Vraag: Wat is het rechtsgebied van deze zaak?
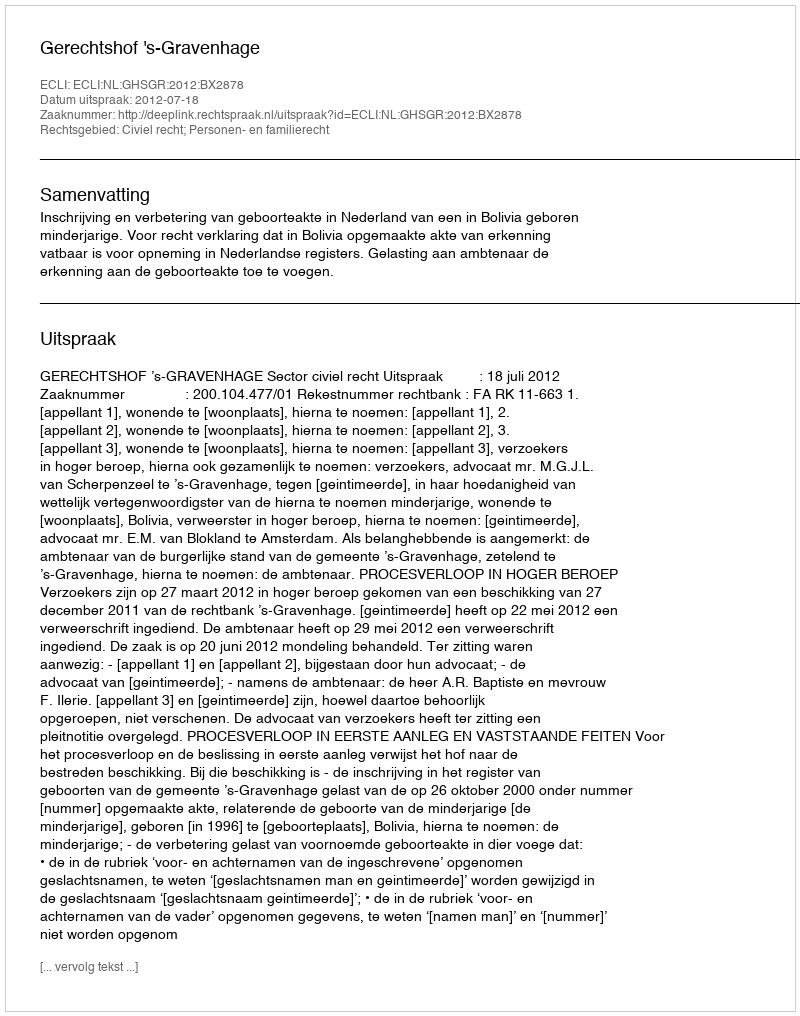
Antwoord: Civiel recht; Personen- en familierecht